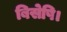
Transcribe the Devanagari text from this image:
बिसेषि।